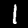
Label: 1